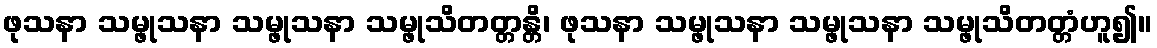
ဖုသနာ သမ္ဖုသနာ သမ္ဖုသနာ သမ္ဖုသိတတ္တန္တိ၊ ဖုသနာ သမ္ဖုသနာ သမ္ဖုသနာ သမ္ဖုသိတတ္တံဟူ၍။